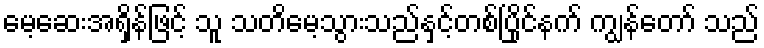
မေ့ဆေးအရှိန်ဖြင့် သူ သတိမေ့သွားသည်နှင့်တစ်ပြိုင်နက် ကျွန်တော် သည်